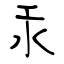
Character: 汞